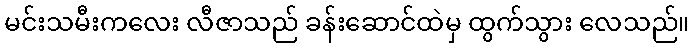
မင်းသမီးကလေး လီဇာသည် ခန်းဆောင်ထဲမှ ထွက်သွား လေသည်။